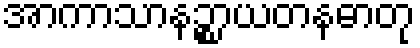
အာကာသာနဉ္စာယတနဓာတု